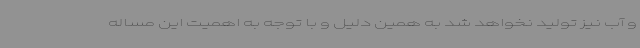
و آب نیز تولید نخواهد شد به همین دلیل و با توجه به اهمیت این مساله